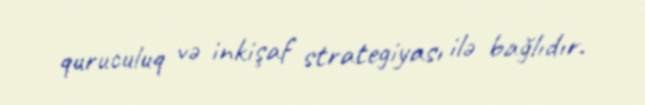
quruculuq və inkişaf strategiyası ilə bağlıdır.